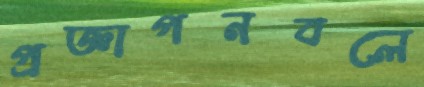
প্রজ্ঞাপনবলে